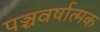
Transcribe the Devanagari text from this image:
पञ्चवर्षात्मक